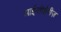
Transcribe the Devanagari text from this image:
आईसीईवीज़